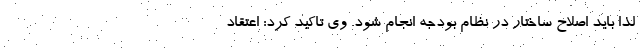
لذا باید اصلاح ساختار در نظام بودجه انجام شود. وی تاکید کرد: اعتقاد